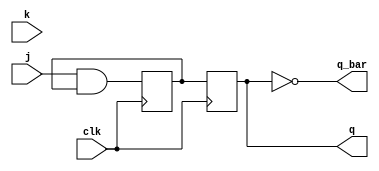
module jk_flip_flop (
    input j,
    input k,
    input clk,
    output reg q,
    output reg q_bar
);

reg master_q, slave_q;

always @(posedge clk) begin
    master_q <= j & master_q;
end

always @(negedge clk) begin
    slave_q <= master_q;
end

always @* begin
    q = slave_q;
    q_bar = ~slave_q;
end

endmodule